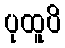
ပုထူပိ